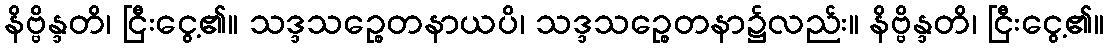
နိဗ္ဗိန္ဒတိ၊ ငြီးငွေ့၏။ သဒ္ဒသဉ္စေတနာယပိ၊ သဒ္ဒသဉ္စေတနာ၌လည်း။ နိဗ္ဗိန္ဒတိ၊ ငြီးငွေ့၏။